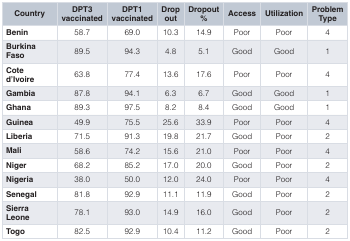
<table><thead><tr><td><b>Country</b></td><td><b>DPT3vaccinated</b></td><td><b>DPT1vaccinated</b></td><td><b>Dropout</b></td><td><b>Dropout%</b></td><td><b>Access</b></td><td><b>Utilization</b></td><td><b>ProblemType</b></td></tr></thead><tbody><tr><td><b>Benin</b></td><td>58.7</td><td>69.0</td><td>10.3</td><td>14.9</td><td>Poor</td><td>Poor</td><td>4</td></tr><tr><td><b>Burkina</b><b>Faso</b></td><td>89.5</td><td>94.3</td><td>4.8</td><td>5.1</td><td>Good</td><td>Good</td><td>1</td></tr><tr><td><b>Cote</b><b>d&#x27;Ivoire</b></td><td>63.8</td><td>77.4</td><td>13.6</td><td>17.6</td><td>Poor</td><td>Poor</td><td>4</td></tr><tr><td><b>Gambia</b></td><td>87.8</td><td>94.1</td><td>6.3</td><td>6.7</td><td>Good</td><td>Good</td><td>1</td></tr><tr><td><b>Ghana</b></td><td>89.3</td><td>97.5</td><td>8.2</td><td>8.4</td><td>Good</td><td>Good</td><td>1</td></tr><tr><td><b>Guinea</b></td><td>49.9</td><td>75.5</td><td>25.6</td><td>33.9</td><td>Poor</td><td>Poor</td><td>4</td></tr><tr><td><b>Liberia</b></td><td>71.5</td><td>91.3</td><td>19.8</td><td>21.7</td><td>Good</td><td>Poor</td><td>2</td></tr><tr><td><b>Mali</b></td><td>58.6</td><td>74.2</td><td>15.6</td><td>21.0</td><td>Poor</td><td>Poor</td><td>4</td></tr><tr><td><b>Niger</b></td><td>68.2</td><td>85.2</td><td>17.0</td><td>20.0</td><td>Good</td><td>Poor</td><td>2</td></tr><tr><td><b>Nigeria</b></td><td>38.0</td><td>50.0</td><td>12.0</td><td>24.0</td><td>Poor</td><td>Poor</td><td>4</td></tr><tr><td><b>Senegal</b></td><td>81.8</td><td>92.9</td><td>11.1</td><td>11.9</td><td>Good</td><td>Poor</td><td>2</td></tr><tr><td><b>Sierra</b><b>Leone</b></td><td>78.1</td><td>93.0</td><td>14.9</td><td>16.0</td><td>Good</td><td>Poor</td><td>2</td></tr><tr><td><b>Togo</b></td><td>82.5</td><td>92.9</td><td>10.4</td><td>11.2</td><td>Good</td><td>Poor</td><td>2</td></tr></tbody></table>